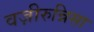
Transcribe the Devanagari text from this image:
वज़ीरुन्निसा